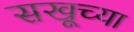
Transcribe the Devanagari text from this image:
सखूच्या